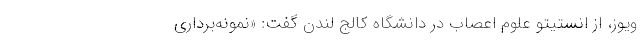
ویوز، از انستیتو علوم اعصاب در دانشگاه کالج لندن گفت: «نمونه‌برداری